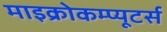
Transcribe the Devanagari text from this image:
माइक्रोकम्प्यूटर्स